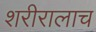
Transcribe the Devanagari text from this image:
शरीरालाच